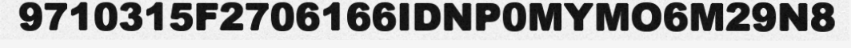
9710315F2706166IDNP0MYMO6M29N8